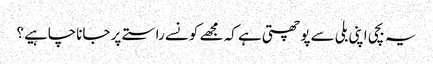
یہ بچی اپنی بلی سے پوچھتی ہے کہ مجھے کونسے راستے پر جاناچاہیے؟